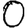
Digit: 0